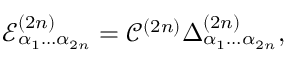
\mathcal { E } _ { \alpha _ { 1 } \dots \alpha _ { 2 n } } ^ { ( 2 n ) } = \mathcal { C } ^ { ( 2 n ) } \Delta _ { \alpha _ { 1 } \dots \alpha _ { 2 n } } ^ { ( 2 n ) } ,